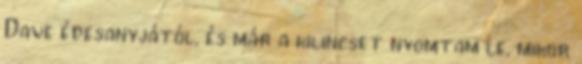
Dave édesanyjától, és már a kilincset nyomtam le, mikor